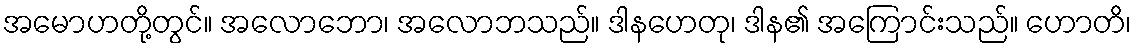
အမောဟတို့တွင်။ အလောဘော၊ အလောဘသည်။ ဒါနဟေတု၊ ဒါန၏ အကြောင်းသည်။ ဟောတိ၊